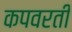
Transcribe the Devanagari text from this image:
कपवरती